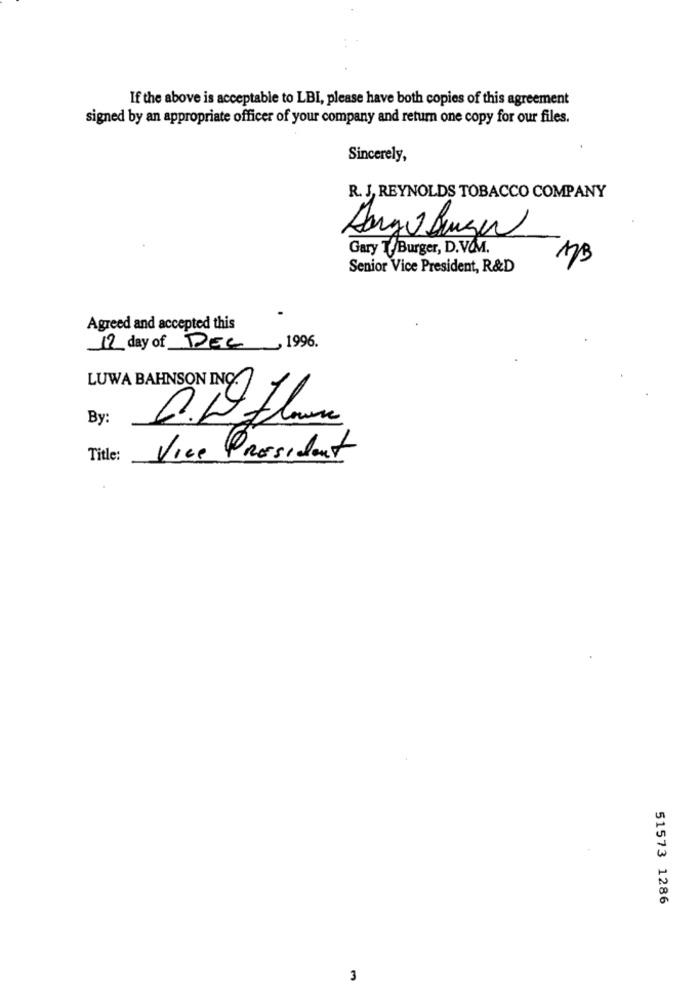
If the above is acceptable to LBI, please have both copies of this agreement
signed by an appropriate officer of your company and return one copy for our files.
Sincerely,
R. J, REYNOLDS TOBACCO COMPANY
Largo Burger
Gary T/Burger, D.V.M.
173
Senior Vice President, R&D
Agreed and accepted this
12 day of DEC, 1996.
LUWA BAHNSON ING!
By:
Title:
Vice President
51573 1286
3